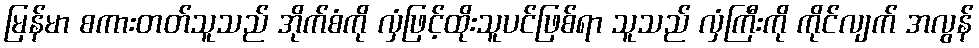
မြန်မာ စကားတတ်သူသည် အိုက်စံကို လှံဖြင့်ထိုးသူပင်ဖြစ်ရာ သူသည် လှံကြီးကို ကိုင်လျက် အလွန်